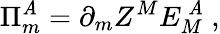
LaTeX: \Pi_{m}^{\mathit{A}}=\partial_{m}Z^{M}E_{M}^{~\mathit{A}}~,